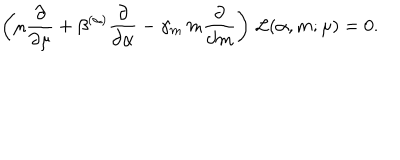
\left( \mu \frac { \partial } { \partial \mu } + \beta ^ { ( \alpha ) } \frac { \partial } { \partial \alpha } - \gamma _ { m } \, m \frac { \partial } { \partial m } \right) \, { \cal L } ( \alpha , m ; \mu ) = 0 .